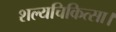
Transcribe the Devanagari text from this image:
शल्यचिकित्सा।